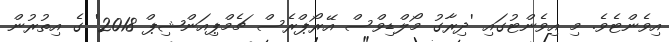
އިވެންޓެވެ. މި އިވެންޓުގައި 'ދިރާގު މޯލްޑިވްސް އޭރޯޕްރެސް ޗެމްޕިއަންޝިޕް 2018' ގެ އިތުރުން